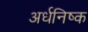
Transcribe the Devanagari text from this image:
अर्धनिष्क